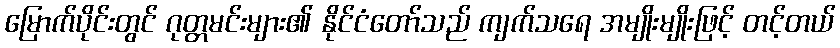
မြောက်ပိုင်းတွင် ဂုတ္တမင်းများ၏ နိုင်ငံတော်သည် ကျက်သရေ အမျိုးမျိုးဖြင့် တင့်တယ်